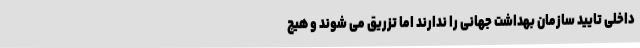
داخلی تایید سازمان بهداشت جهانی را ندارند اما تزریق می شوند و هیچ